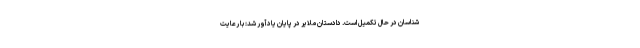
شناسان در حال تکمیل است. دادستان ملایر در پایان یادآور شد: با رعایت